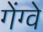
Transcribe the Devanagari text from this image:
गेंग्वे